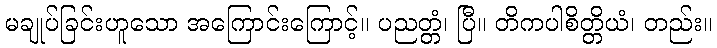
မချုပ်ခြင်းဟူသော အကြောင်းကြောင့်။ ပညတ္တံ၊ ပြီ။ တိကပါစိတ္တိယံ၊ တည်း။